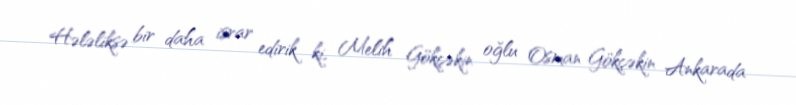
Hələliksə bir daha israr edirik ki, Melih Gökçəkin oğlu Osman Gökçəkin Ankarada